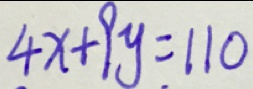
4 x + 9 y = 1 1 0